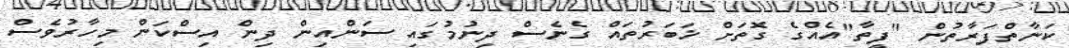
ކަނާތްފަރާތުން "ފީތާ"އެއްގެ ގޮތަށް ޚަބަރުތައް ގެނެސް ދިނުމުގައި ސަންއިން ދިން އިސްކަން މިހާރުވެސް